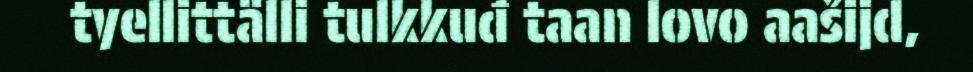
tyellittälli tulkkuđ taan lovo aašijd,